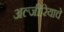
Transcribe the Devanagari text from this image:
अल्जीरियाचे